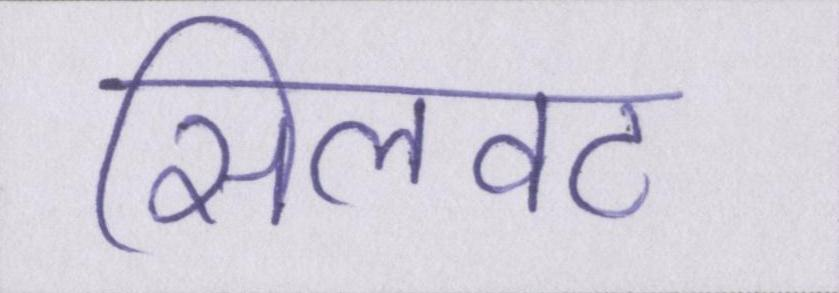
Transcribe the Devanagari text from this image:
सिलवट